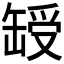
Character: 𦈽